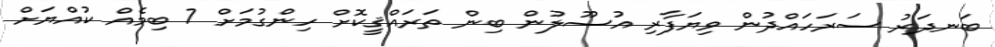
ބަނދަރު ސަރަހައްދުން ވިޔަފާރި އުސޫލުން ބިން ތަރައްޤީކޮށް ހިންގުމަށް 7 ބިމެއް ކުއްޔަށް